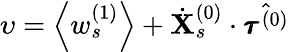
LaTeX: \upsilon=\left<w_{s}^{(1)}\right>+\dot{\mathbf{X}}_{s}^{(0)}\cdot\hat{\pmb{\tau}^{(0)}}